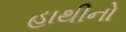
હાથીનો